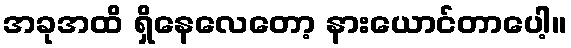
အခုအထိ ရှိနေလေတော့ နားယောင်တာပေါ့။